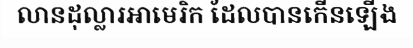
លានដុល្លារអាមេរិក ដែលបានកើនឡើង